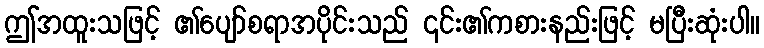
ဤအထူးသဖြင့် ၏ပျော်စရာအပိုင်းသည် ၎င်း၏ကစားနည်းဖြင့် မပြီးဆုံးပါ။